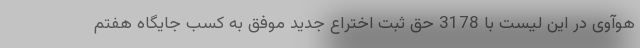
هوآوی در این لیست با 3178 حق ثبت اختراع جدید موفق به کسب جایگاه هفتم